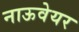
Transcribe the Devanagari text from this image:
नाऊवेयर